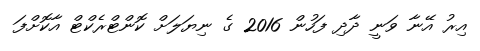
އިރު އޭނާ ވަނީ ދާދި ފަހުން 2016 ގެ ނިޔަލަށް ކޮންޓްރެކްޓް އާކޮށްފަ